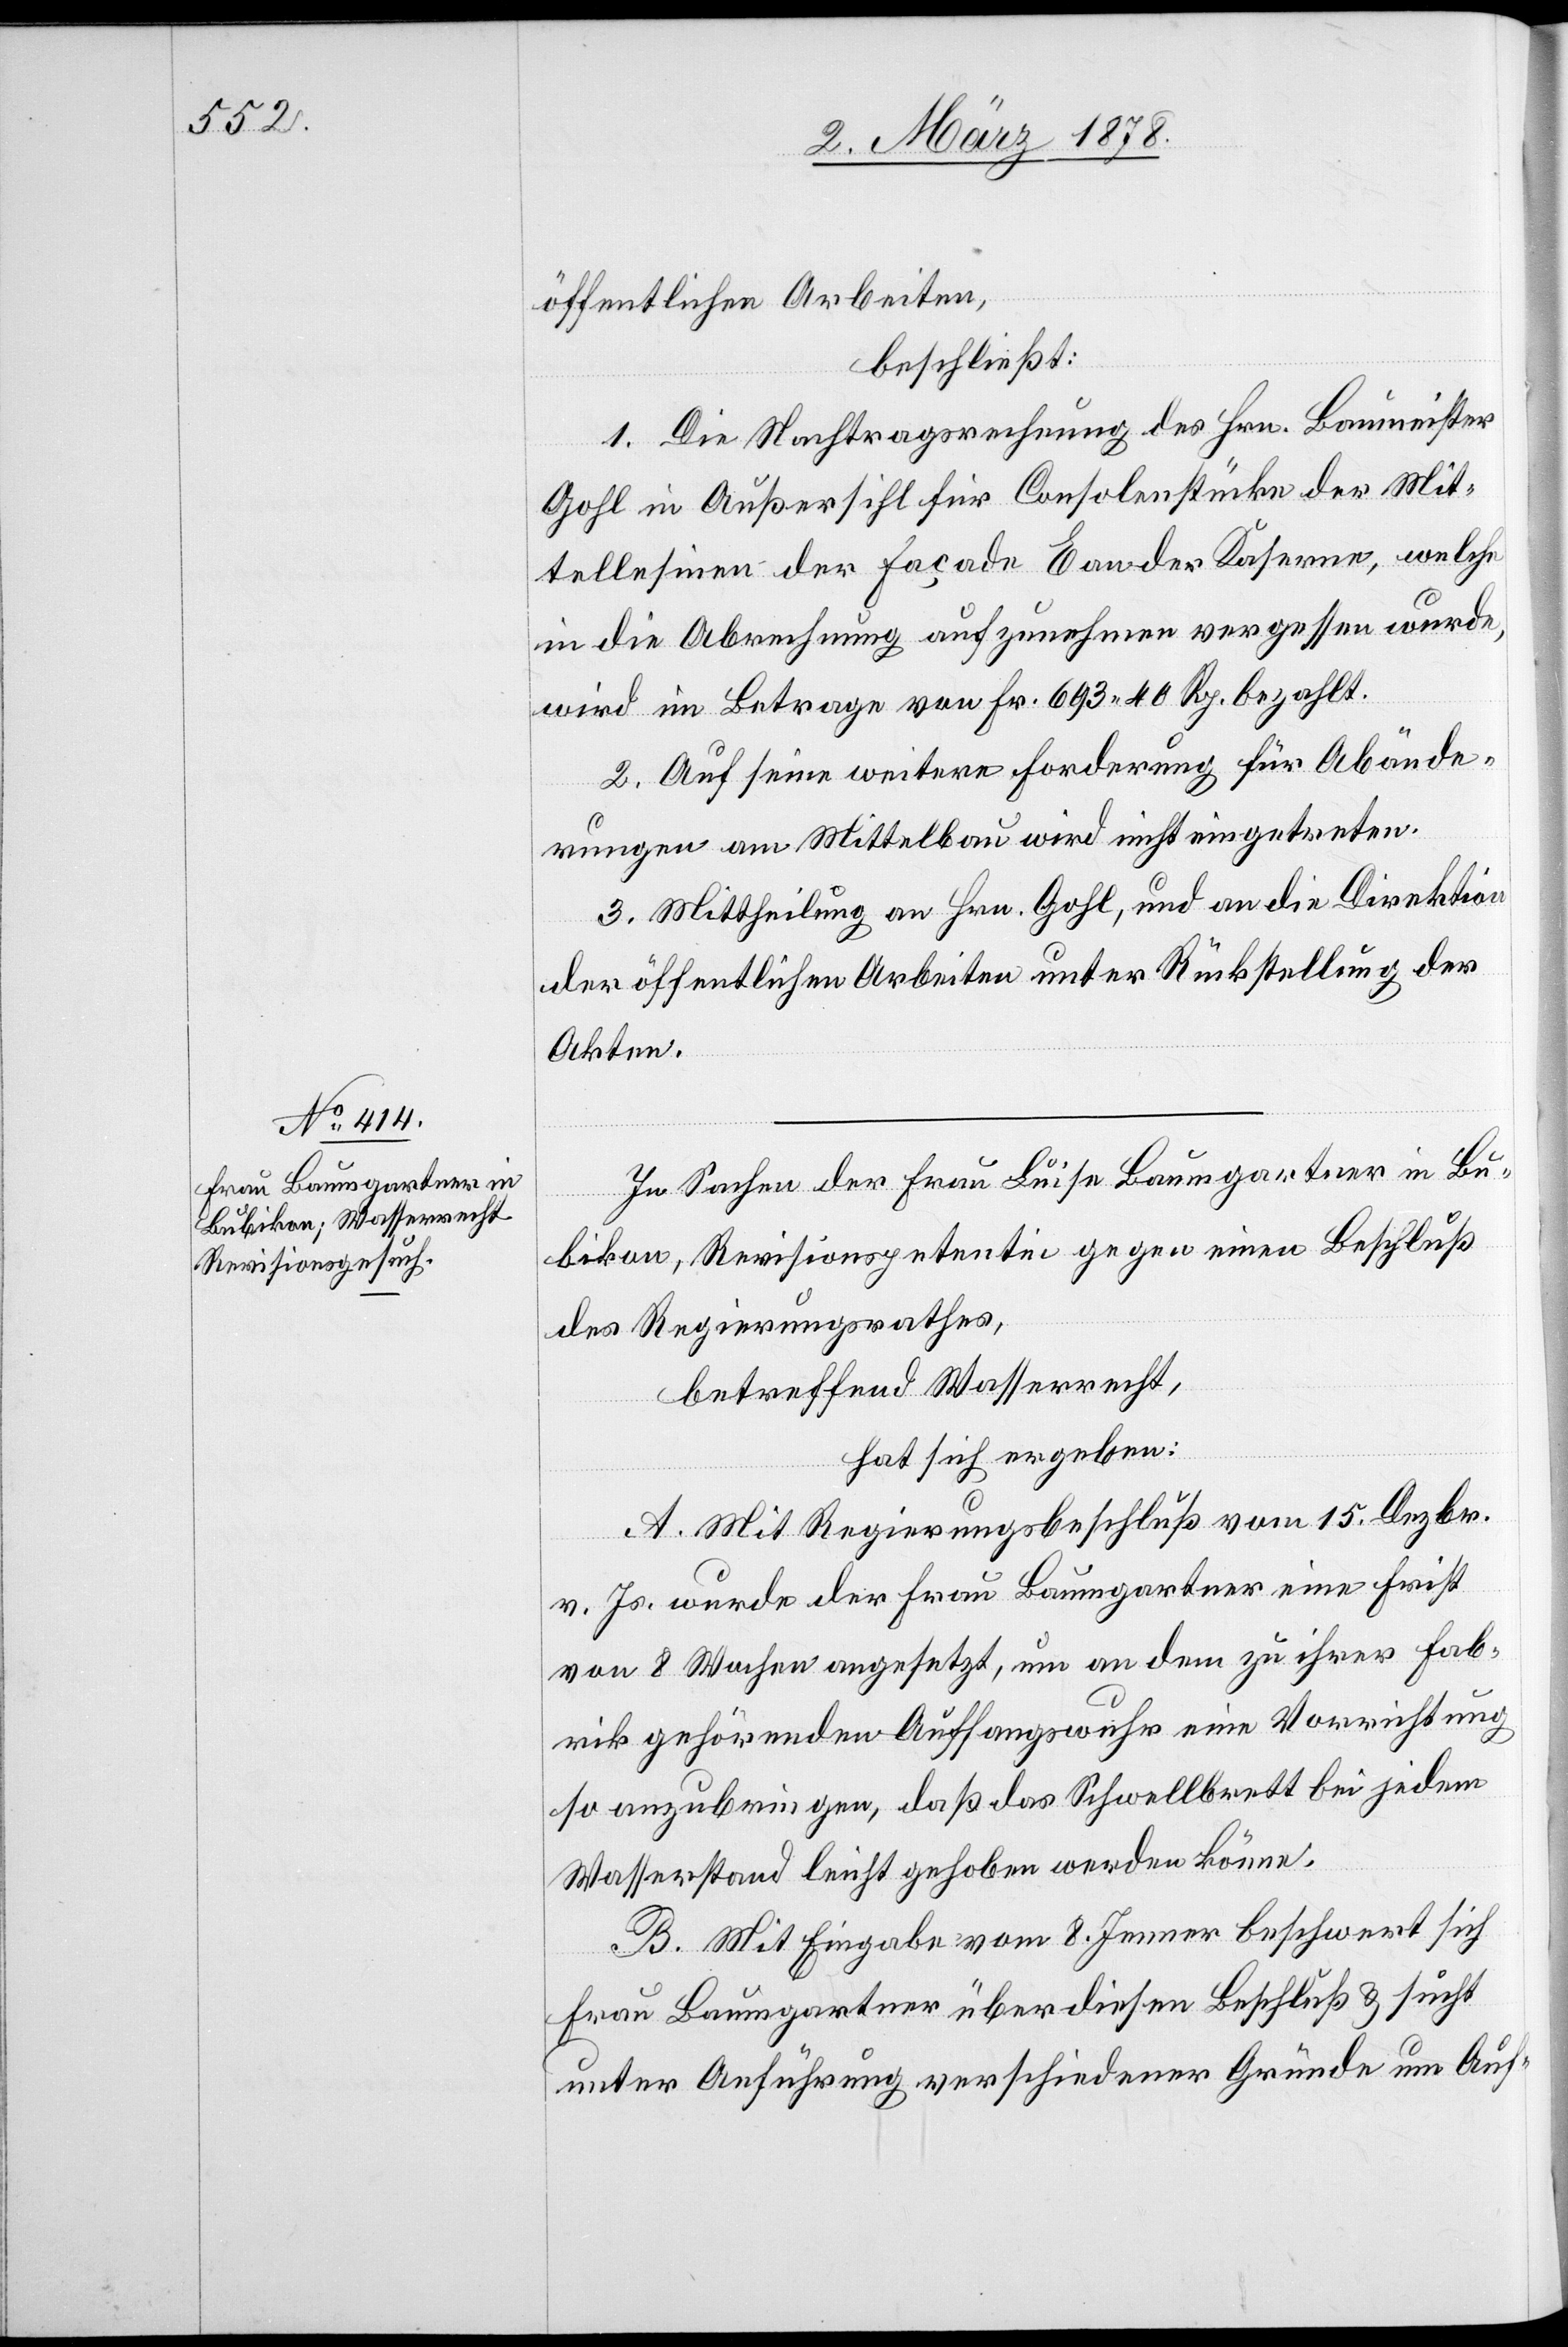
öffentlichen Arbeiten,
beschließt:
1. Die Nachtragsrechnung des Hrn. Baumeister
Gohl in Außersihl für Consolenstücke der Mit¬
tellesinen der Façade E an der Kaserne, welche
in die Abrechnung aufzunehmen vergessen wurde,
wird im Betrage von Fr. 693 40 Rp. bezahlt.
2. Auf seine weitere Forderung für Abände¬
rungen am Mittelbau wird nicht eingetreten.
3. Mittheilung an Hrn. Gohl, und an die Direktion
der öffentlichen Arbeiten unter Rückstellung der
Akten.
In Sachen der Frau Luise Baumgartner in Bu¬
bikon, Revisionspetentin gegen einen Beschluß
des Regierungsrathes,
betreffend Wasserrecht,
hat sich ergeben:
A. Mit Regierungsbeschluß vom 15. Dezbr.
v. Js. wurde der Frau Baumgartner eine Frist
von 8 Wochen angesetzt, um an dem zu ihrer Fab¬
rik gehörenden Auffangswuhr eine Vorrichtung
so anzubringen, daß das Schwellbrett bei jedem
Wasserstand leicht gehoben werden könne.
B. Mit Eingabe vom 8. Jenner beschwert sich
Frau Baumgartner über diesen Beschluß & sucht
unter Anführung verschiedener Gründe um Auf-